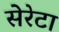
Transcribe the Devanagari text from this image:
सेरेटा